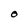
Character: o